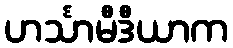
ဟင်္သာမီဒီယာက